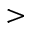
>